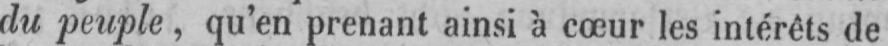
du peuple, qu’en prenant ainsi à cœur les intérêts de